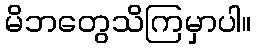
မိဘတွေသိကြမှာပါ။